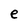
Character: e